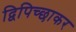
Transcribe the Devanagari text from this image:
द्विपिच्छाकर